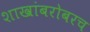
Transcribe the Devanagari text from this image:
शाखांबरोबरच